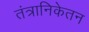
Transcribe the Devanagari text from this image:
तंत्रानिकेतन